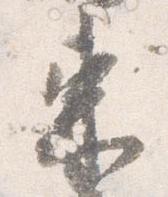
束